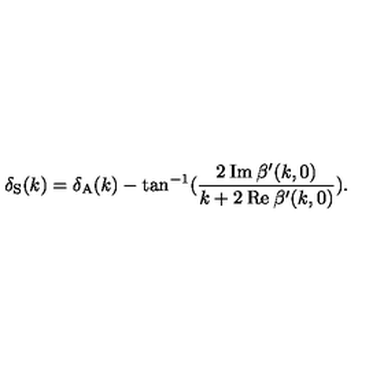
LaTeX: \delta _ { \mathrm { S } } ( k ) = \delta _ { \mathrm { A } } ( k ) - \tan ^ { - 1 } ( \frac { 2 \: \mathrm { I m } \: \beta ^ { \prime } ( k , 0 ) } { k + 2 \: \mathrm { R e } \: \beta ^ { \prime } ( k , 0 ) } ) .